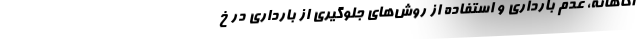
آگاهانه، عدم بارداری و استفاده از روش‌های جلوگیری از بارداری در خ